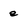
Character: e